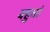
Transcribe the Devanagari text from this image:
बहुधां